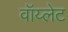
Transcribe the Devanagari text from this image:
वॉय्लेट